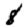
Digit: 8